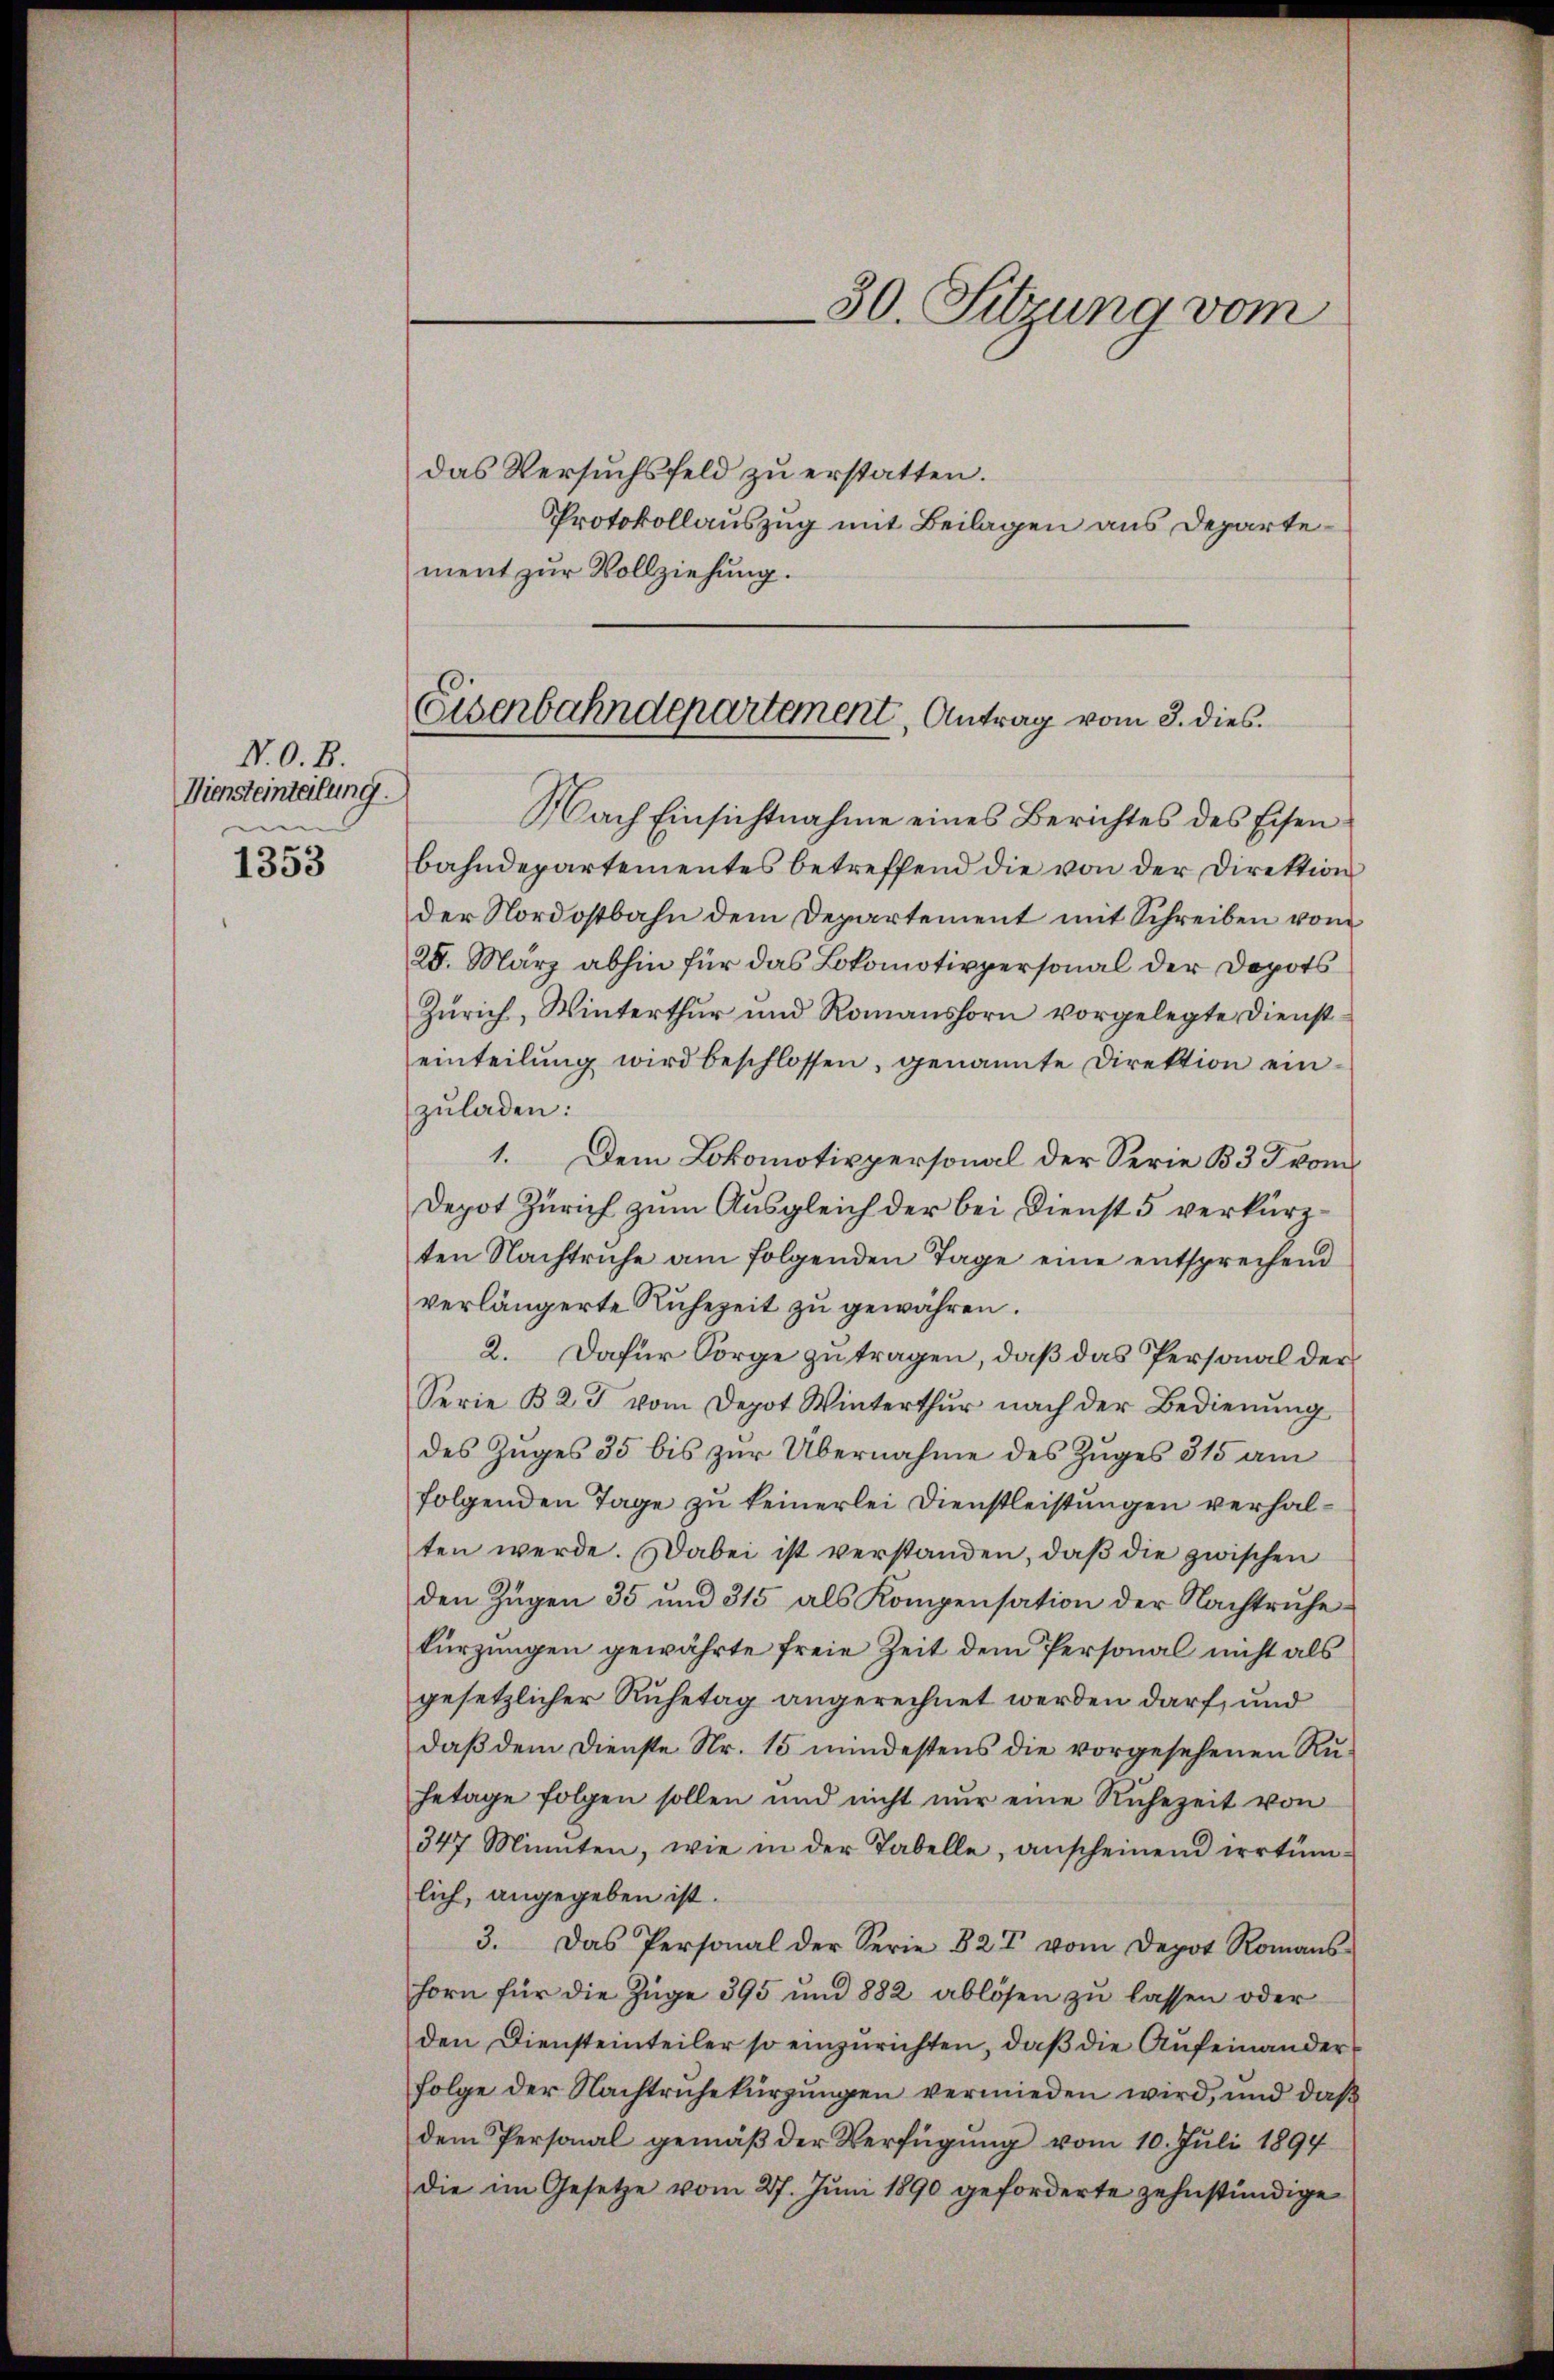
N. O. B.
Diensteinteilung.
e

1353

30. Sitzung vom

Eisenbahndepartement, Antrag vom 3. dies

¬

das Versuchsfeld zu erstatten.
Protokollauszug mit Beilagen aus Departement zur Vollziehung.
Nach Einsichtnahme eines Berichtes des Eisenbahndepartementes betreffend die von der Direktion
der Nordostbahn dem Departement mit Schreiben vom
28. März abhin für das Lokomotivpersonal der Depots
Zürich, Winterthur und Romanshorn vorgelegte Diensteinteilŭng wird beschlossen, genannte Direktion einzuladen:
1. Dem Lokomotivpersonal der Serie 333 vom
Depot Zürich zum Ausgleich der bei Dienst 5 verkürzten Nachtruhe am folgenden Tage eine entsprechend
verlängerte Ruhezeit zu gewähren.
2. Dafür Sorge zu tragen, daß das Personal der
Serie B 2 J. vom Depot Winterthur nach der Bedienung
des Zuges 35 bis zur Übernahme des Zuges 315 am
folgenden Tage zu keinerlei Dienstleistungen verhalten werde. Dabei ist verstanden, daß die zwischen
den Zügen 35 und 315 als Kompensation der Nachtruhe
kürzungen gewährte freie Zeit dem Personal nicht als
gesetzlicher Ruhetag angerechnet werden darf, und
daß dem Dienste Nr. 15 mindestens die vorgesehenen Ruhetage folgen sollen und nicht nŭr eine Ruhezeit von
347 Minuten, wie in der Tabelle, anscheinend irrtüm-
lich, angegeben ist.
3. Das Personal der Serie 82 V vom Depot Romans
horn für die Züge 395 und 882 ablösen zŭ lassen oder
den Diensteinteiler so einzurichten, daß die Aufeinander
folge der Nachtruhekürzungen vermieden wird, und daß
dem Personal gemäß der Verfügung vom 10. Juli 1894
die im Gesetze vom 27. Juni 1890 geforderte zehnständige